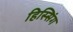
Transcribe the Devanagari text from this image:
हिस्सिंग